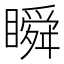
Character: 瞬